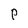
Character: P